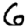
Digit: 6